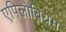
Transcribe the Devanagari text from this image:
एपिलोबियम